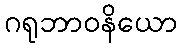
ဂရုဘာဝနိယော